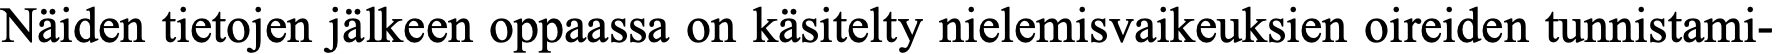
Näiden tietojen jälkeen oppaassa on käsitelty nielemisvaikeuksien oireiden tunnistami-